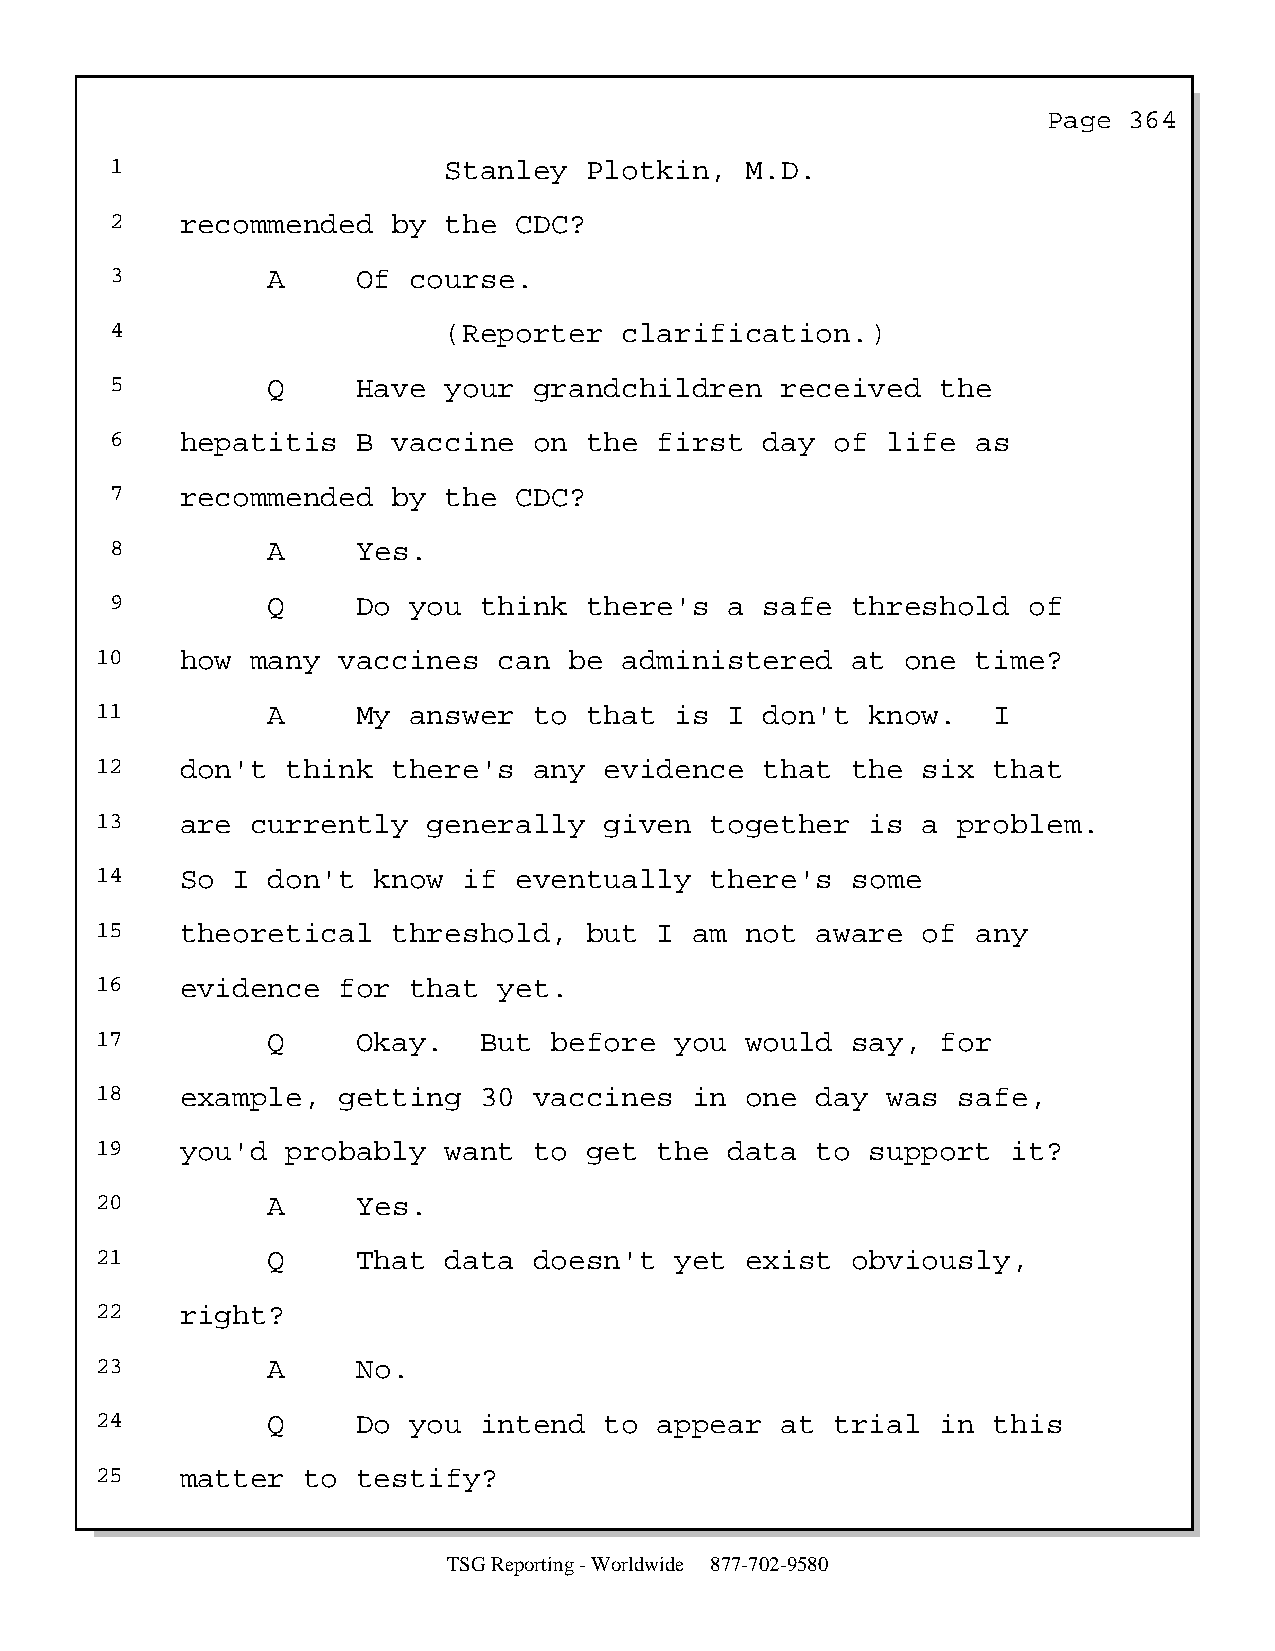
Page  364
 1                     Stanley   Plotkin,  M.D.
 2    recommended   by the  CDC?
 3          A     Of course.
 4                     (Reporter   clarification.)
 5          Q     Have your  grandchildren    received  the
 6    hepatitis   B vaccine  on  the  first  day of  life  as
 7    recommended   by the  CDC?
 8          A     Yes.
 9          Q     Do you  think  there's  a  safe threshold   of
 10    how  many vaccines   can  be administered   at  one  time?
 11          A     My answer  to  that  is I  don't  know.   I
 12    don't  think  there's  any  evidence   that the  six  that
 13    are  currently  generally   given  together   is a problem.
 14    So I  don't  know  if eventually   there's  some
 15    theoretical   threshold,   but  I am not  aware  of  any
 16    evidence  for  that  yet.
 17          Q     Okay.   But before   you would  say,  for
 18    example,  getting   30 vaccines   in one  day  was safe,
 19    you'd  probably  want  to  get  the data  to  support  it?
 20          A     Yes.
 21          Q     That data  doesn't   yet exist  obviously,
 22    right?
 23          A     No.
 24          Q     Do you  intend  to  appear  at trial  in  this
 25    matter  to  testify?
 TSG Reporting - Worldwide 877-702-9580